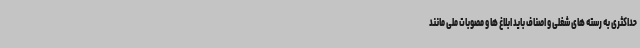
حداکثری به رسته های شغلی و اصناف باید ابلاغ ها و مصوبات ملی مانند